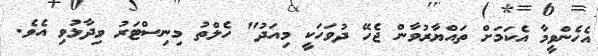
އެހެންވީމާ އެކަމަށް ތައްޔާރުވާން ޖެހޭ ދުވަހަކީ މިއަދު" ހެލްތު މިނިސްޓަރު ވިދާޅުވި އެވެ.